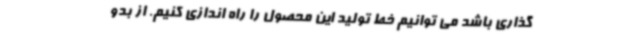
گذاری باشد می توانیم خط تولید این محصول را راه اندازی کنیم. از بدو